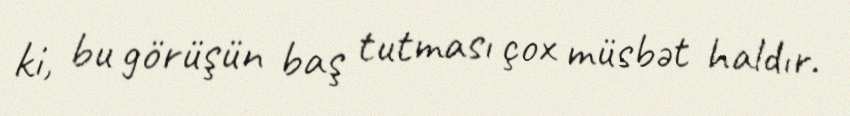
ki, bu görüşün baş tutması çox müsbət haldır.